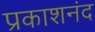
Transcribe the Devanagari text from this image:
प्रकाशनंद